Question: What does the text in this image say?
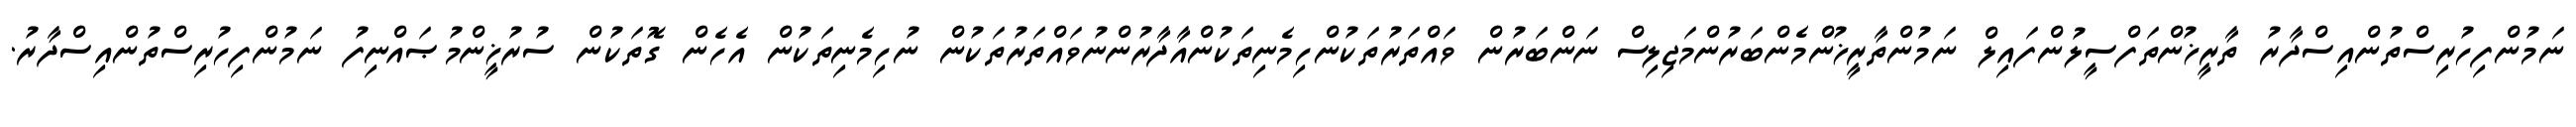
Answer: ނަމުންފިހުރިސްތުންއިސްދާރު ތާރީޚުންތަފްސީލުންފައިލް ނަމުންތާރީޚުންމެންބަރުންމަޖިލިސް ނަންބަރުން ވައްތަރުތަކުންހިމެނިތަކުންއާދާރުންނުވައްތަރުތަކުން ނުހިމެނިތަކުން އެހެން ގޮތަކުން ސުރުޚީންމުޞައްނިފު ނަމުންފިހުރިސްތުންއިސްދާރު.